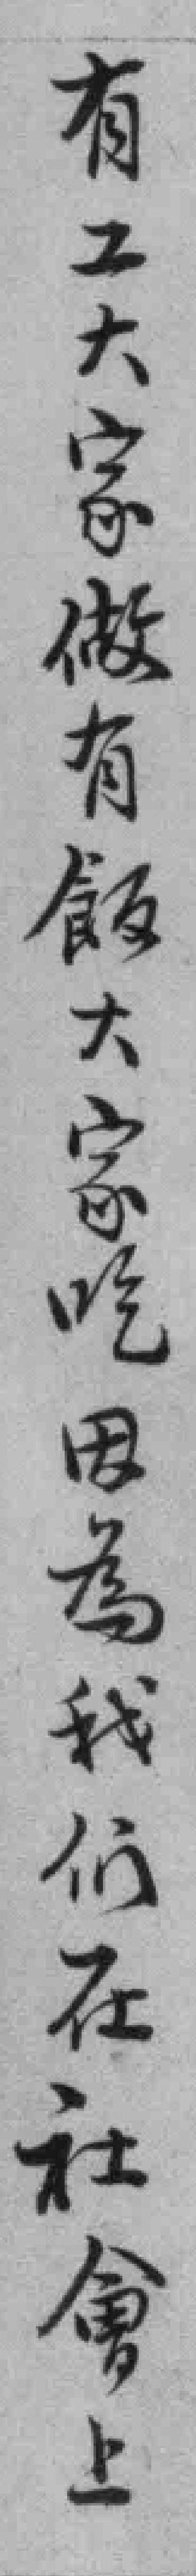
有工大家做有飯大家吃因為我们在社會上